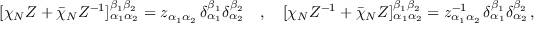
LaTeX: [ \chi _ { N } Z + \bar { \chi } _ { N } Z ^ { - 1 } ] _ { \alpha _ { 1 } \alpha _ { 2 } } ^ { \beta _ { 1 } \beta _ { 2 } } = z _ { \alpha _ { 1 } \alpha _ { 2 } } \, \delta _ { \alpha _ { 1 } } ^ { \beta _ { 1 } } \delta _ { \alpha _ { 2 } } ^ { \beta _ { 2 } } \quad , \quad [ \chi _ { N } Z ^ { - 1 } + \bar { \chi } _ { N } Z ] _ { \alpha _ { 1 } \alpha _ { 2 } } ^ { \beta _ { 1 } \beta _ { 2 } } = z _ { \alpha _ { 1 } \alpha _ { 2 } } ^ { - 1 } \, \delta _ { \alpha _ { 1 } } ^ { \beta _ { 1 } } \delta _ { \alpha _ { 2 } } ^ { \beta _ { 2 } } \, , \nonumber